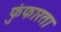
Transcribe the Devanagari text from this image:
फुंफारता